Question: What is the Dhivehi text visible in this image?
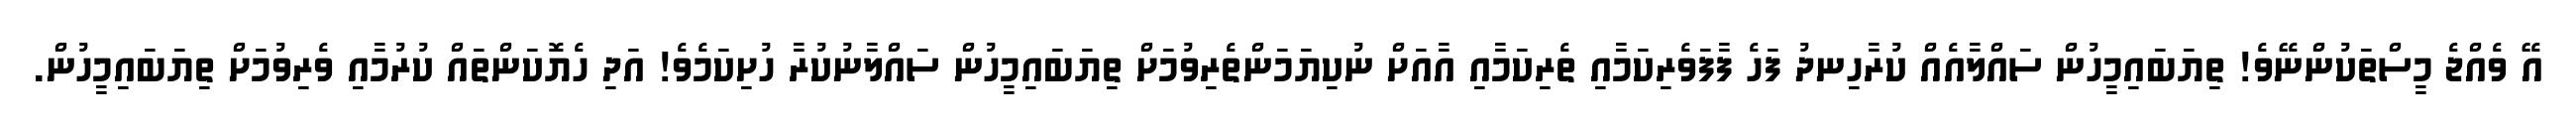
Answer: އޭ ވެއްޖެ މީސްތަކުންނޭވެ! ތިޔަބައިމީހުން ސައްލާއެއް ކުރާހިނދު ފަހެ ފާފަވެރިކަމާއި ތެރިކަމާއި އާއަށް ނުކިޔަމަންތެރިވުމަށް ތިޔަބައިމީހުން ސައްލާނުކުރާ ހުށިކަމެވެ! އަދި ހެޔޮކަންތައް ކުރުމާއި ވެރިވުމަށް ތިޔަބައިމީހުން.